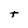
Character: t